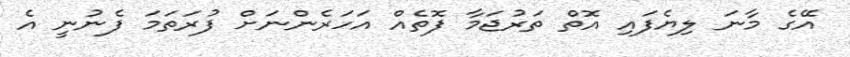
އޭގެ މާނަ ލިޔެފައި އޮތް ތަރުޖަމާ ފޮތެއް އަހަރެންނަށް ފުރަތަމަ ފެނުނީ އެ